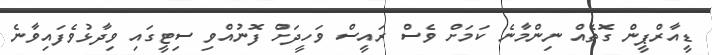
ޑީއާރްޕީން ގޮތެއް ނިންމާނެ ކަމަށް ވެސް ރައީސް ވަހީދަށް ފޮނުއްވި ސިޓީގައި ވިދާޅުވެފައިވާނެ